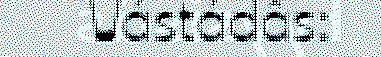
Vástádâs: